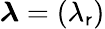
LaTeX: {\boldsymbol{\lambda}}=(\lambda_{\mathsf{r}})